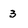
Character: 3